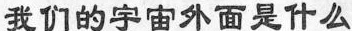
我们的宇宙外面是什么